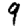
Digit: 9